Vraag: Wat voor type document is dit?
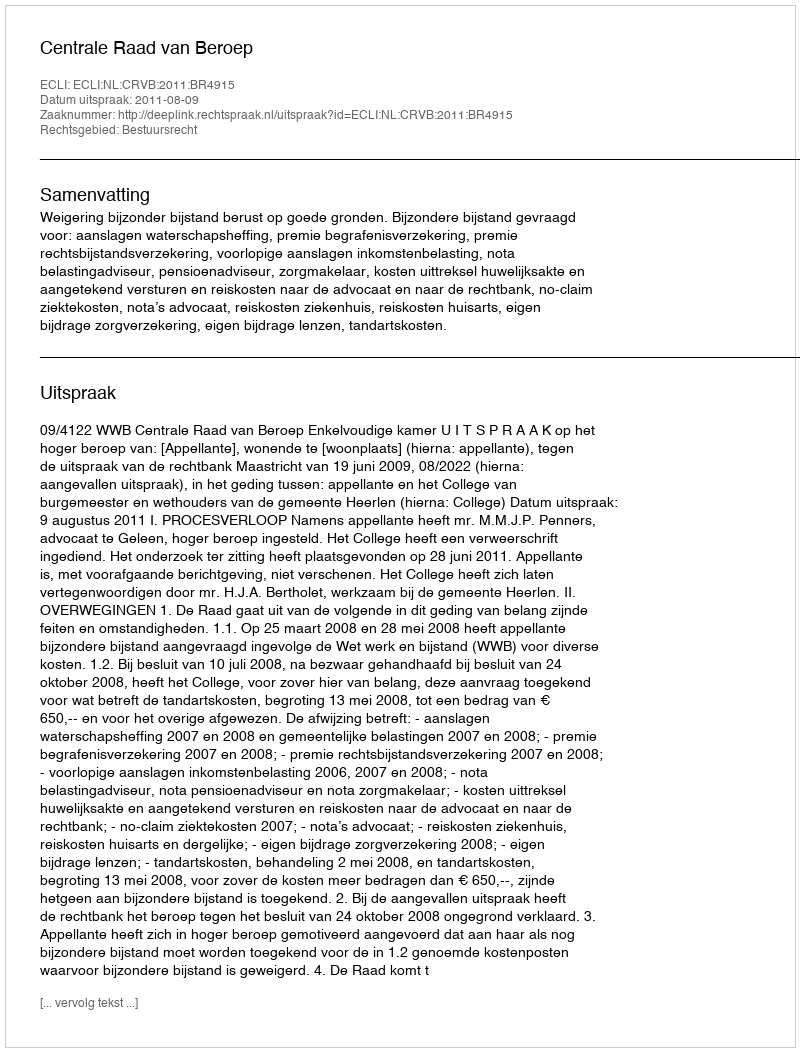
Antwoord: Uitspraak